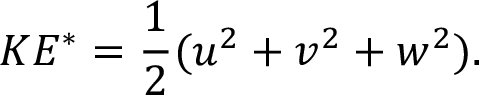
K E ^ { * } = \frac { 1 } { 2 } ( u ^ { 2 } + v ^ { 2 } + w ^ { 2 } ) .